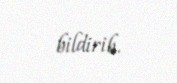
bildirib.